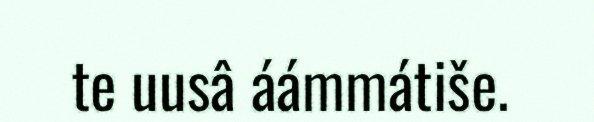
te uusâ áámmátiše.